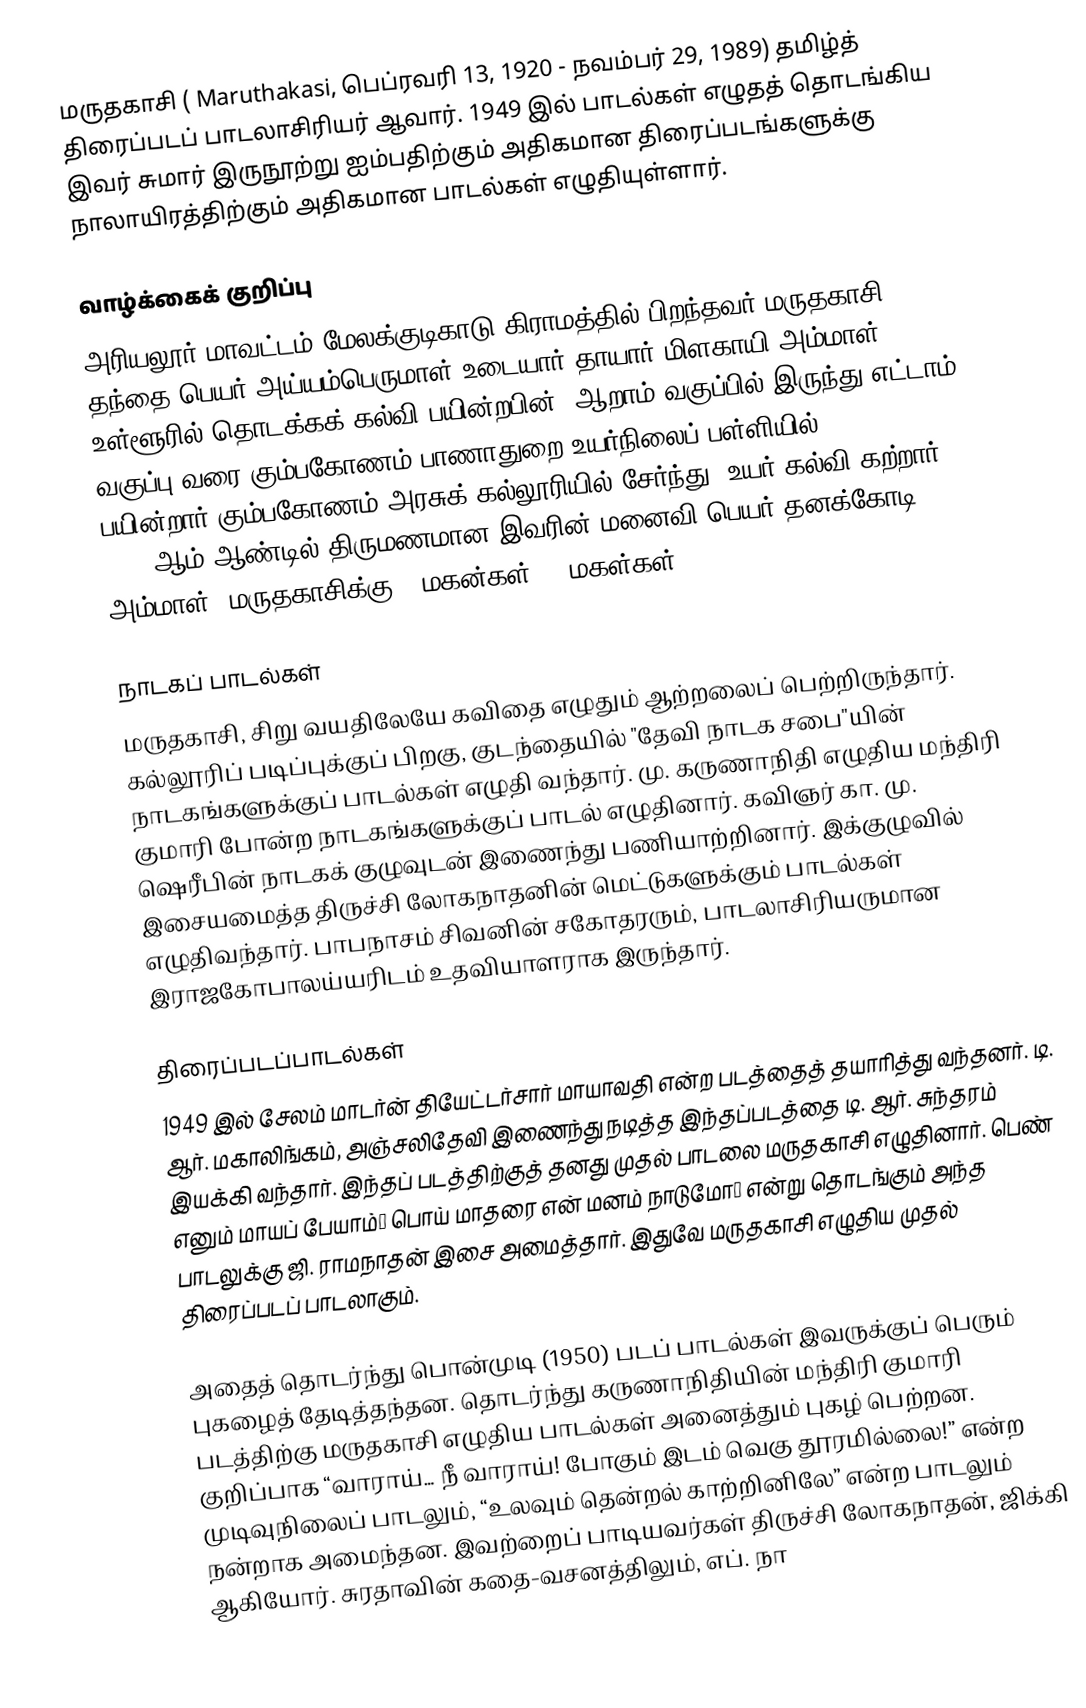
மருதகாசி ( Maruthakasi, பெப்ரவரி 13, 1920 - நவம்பர் 29, 1989) தமிழ்த் திரைப்படப் பாடலாசிரியர் ஆவார். 1949 இல் பாடல்கள் எழுதத் தொடங்கிய இவர் சுமார் இருநூற்று ஐம்பதிற்கும் அதிகமான திரைப்படங்களுக்கு நாலாயிரத்திற்கும் அதிகமான பாடல்கள் எழுதியுள்ளார்.

வாழ்க்கைக் குறிப்பு
அரியலூர் மாவட்டம் மேலக்குடிகாடு கிராமத்தில் பிறந்தவர் மருதகாசி. தந்தை பெயர் அய்யம்பெருமாள் உடையார் தாயார் மிளகாயி அம்மாள். உள்ளூரில் தொடக்கக் கல்வி பயின்றபின், ஆறாம் வகுப்பில் இருந்து எட்டாம் வகுப்பு வரை கும்பகோணம் பாணாதுறை உயர்நிலைப் பள்ளியில் பயின்றார்.கும்பகோணம் அரசுக் கல்லூரியில் சேர்ந்து, உயர் கல்வி கற்றார். 1940 ஆம் ஆண்டில் திருமணமான இவரின் மனைவி பெயர் தனக்கோடி அம்மாள். மருதகாசிக்கு 6 மகன்கள், 3 மகள்கள்.

நாடகப் பாடல்கள்
மருதகாசி, சிறு வயதிலேயே கவிதை எழுதும் ஆற்றலைப் பெற்றிருந்தார். கல்லூரிப் படிப்புக்குப் பிறகு, குடந்தையில் "தேவி நாடக சபை"யின் நாடகங்களுக்குப் பாடல்கள் எழுதி வந்தார். மு. கருணாநிதி எழுதிய மந்திரி குமாரி போன்ற நாடகங்களுக்குப் பாடல் எழுதினார். கவிஞர் கா. மு. ஷெரீபின் நாடகக் குழுவுடன் இணைந்து பணியாற்றினார். இக்குழுவில் இசையமைத்த திருச்சி லோகநாதனின் மெட்டுகளுக்கும் பாடல்கள் எழுதிவந்தார். பாபநாசம் சிவனின் சகோதரரும், பாடலாசிரியருமான இராஜகோபாலய்யரிடம் உதவியாளராக இருந்தார்.

திரைப்படப்பாடல்கள்
1949 இல் சேலம் மாடர்ன் தியேட்டர்சார் மாயாவதி என்ற படத்தைத் தயாரித்து வந்தனர். டி. ஆர். மகாலிங்கம், அஞ்சலிதேவி இணைந்து நடித்த இந்தப்படத்தை டி. ஆர். சுந்தரம் இயக்கி வந்தார். இந்தப் படத்திற்குத் தனது முதல் பாடலை மருதகாசி எழுதினார். பெண் எனும் மாயப் பேயாம்… பொய் மாதரை என் மனம் நாடுமோ… என்று தொடங்கும் அந்த பாடலுக்கு ஜி. ராமநாதன் இசை அமைத்தார். இதுவே மருதகாசி எழுதிய முதல் திரைப்படப் பாடலாகும்.

அதைத் தொடர்ந்து பொன்முடி (1950) படப் பாடல்கள் இவருக்குப் பெரும் புகழைத் தேடித்தந்தன. தொடர்ந்து கருணாநிதியின் மந்திரி குமாரி படத்திற்கு மருதகாசி எழுதிய பாடல்கள் அனைத்தும் புகழ் பெற்றன. குறிப்பாக “வாராய்… நீ வாராய்! போகும் இடம் வெகு தூரமில்லை!” என்ற முடிவுநிலைப் பாடலும், “உலவும் தென்றல் காற்றினிலே” என்ற பாடலும் நன்றாக அமைந்தன. இவற்றைப் பாடியவர்கள் திருச்சி லோகநாதன், ஜிக்கி ஆகியோர். சுரதாவின் கதை-வசனத்திலும், எப். நா